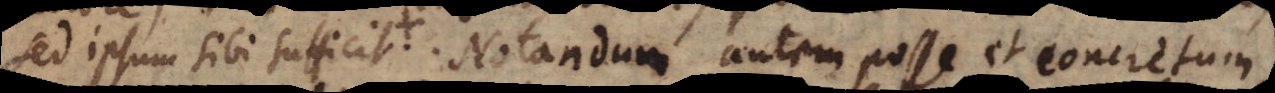
sed ipsum sibi sufficit. Notandum autem posse et concretum